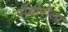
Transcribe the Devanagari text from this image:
पीडीपीला